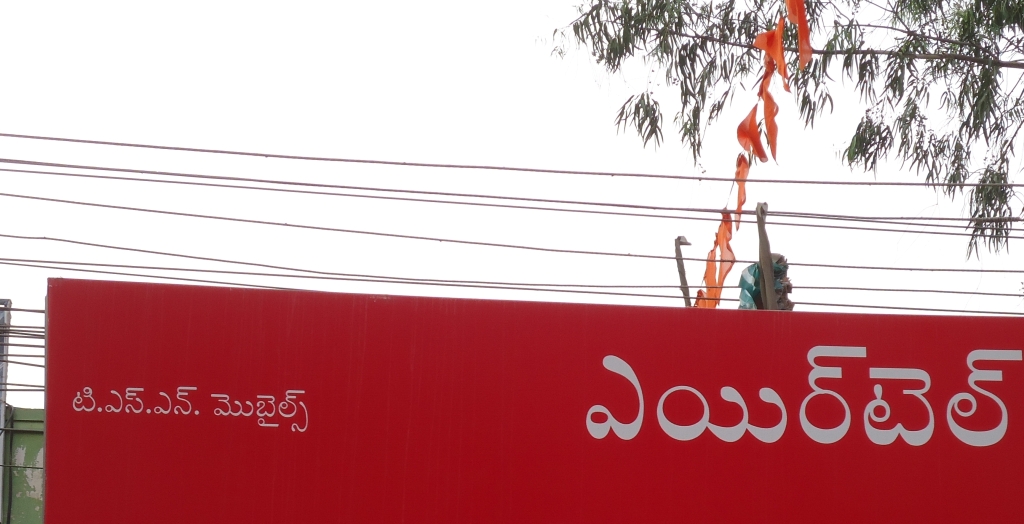
Language: telugu
Transcription: ఎయిర్ టెల్ టి. ఎస్. ఎన్. మొబైల్స్